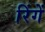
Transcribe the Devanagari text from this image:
रिंगें